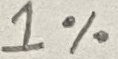
Text: 1%